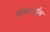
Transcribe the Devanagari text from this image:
सेमटाईम